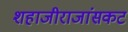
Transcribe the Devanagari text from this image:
शहाजीराजांसकट